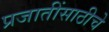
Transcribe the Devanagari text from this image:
प्रजातींसाठीचे